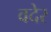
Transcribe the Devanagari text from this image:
वदेर